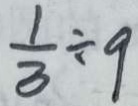
\frac { 1 } { 3 } \div 9